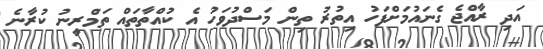
އަދި ރާއްޖެ ގެނައުމަށްފަހު އިތުރު ތިން މަސްދުވަހު އެ ކުއްތާތައް ތަމްރީނު ކުރާނެ